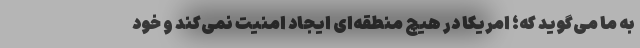
به ما می‌گوید که؛ امریکا در هیچ منطقه‌ای ایجاد امنیت نمی‌کند و خود